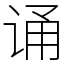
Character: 诵